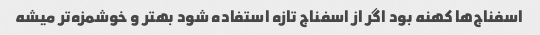
اسفناج‌ها کهنه بود اگر از اسفناج تازه استفاده شود بهتر و خوشمزه‌تر میشه